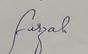
Signature authenticity: genuine